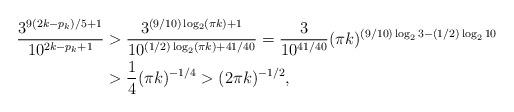
LaTeX: \begin{align*}\frac{3^{9(2k-p_k)/5+1}}{10^{2k-p_k+1}}& > \frac{3^{(9/10)\log_2(\pi k)+1}}{10^{(1/2)\log_2(\pi k)+41/40}}= \frac{3}{10^{41/40}} (\pi k)^{(9/10)\log_2 3 - (1/2)\log_2 10} \\& > \frac{1}{4} (\pi k)^{-1/4} > (2\pi k)^{-1/2},\end{align*}